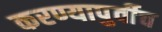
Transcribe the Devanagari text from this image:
करण्यापुर्वीच